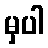
မှပါ